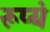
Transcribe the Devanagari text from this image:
रूप्यं